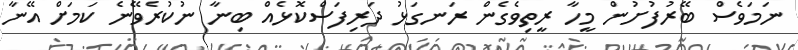
ނަމަވެސް ބޭރުފުށުން މީހާ ރީތިވެގެން ރަނގަޅު ދަރިފަސްކޮޅެއް ބިނާ ނުކުރެވޭނެ ކަމަށް އޭނާ